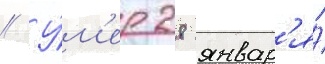
// У́м'ер 28 январ'я́